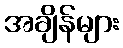
အချိန်များ